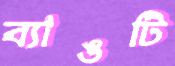
ব্যাঙটি